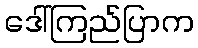
ဒေါ်ကြည်ပြာက